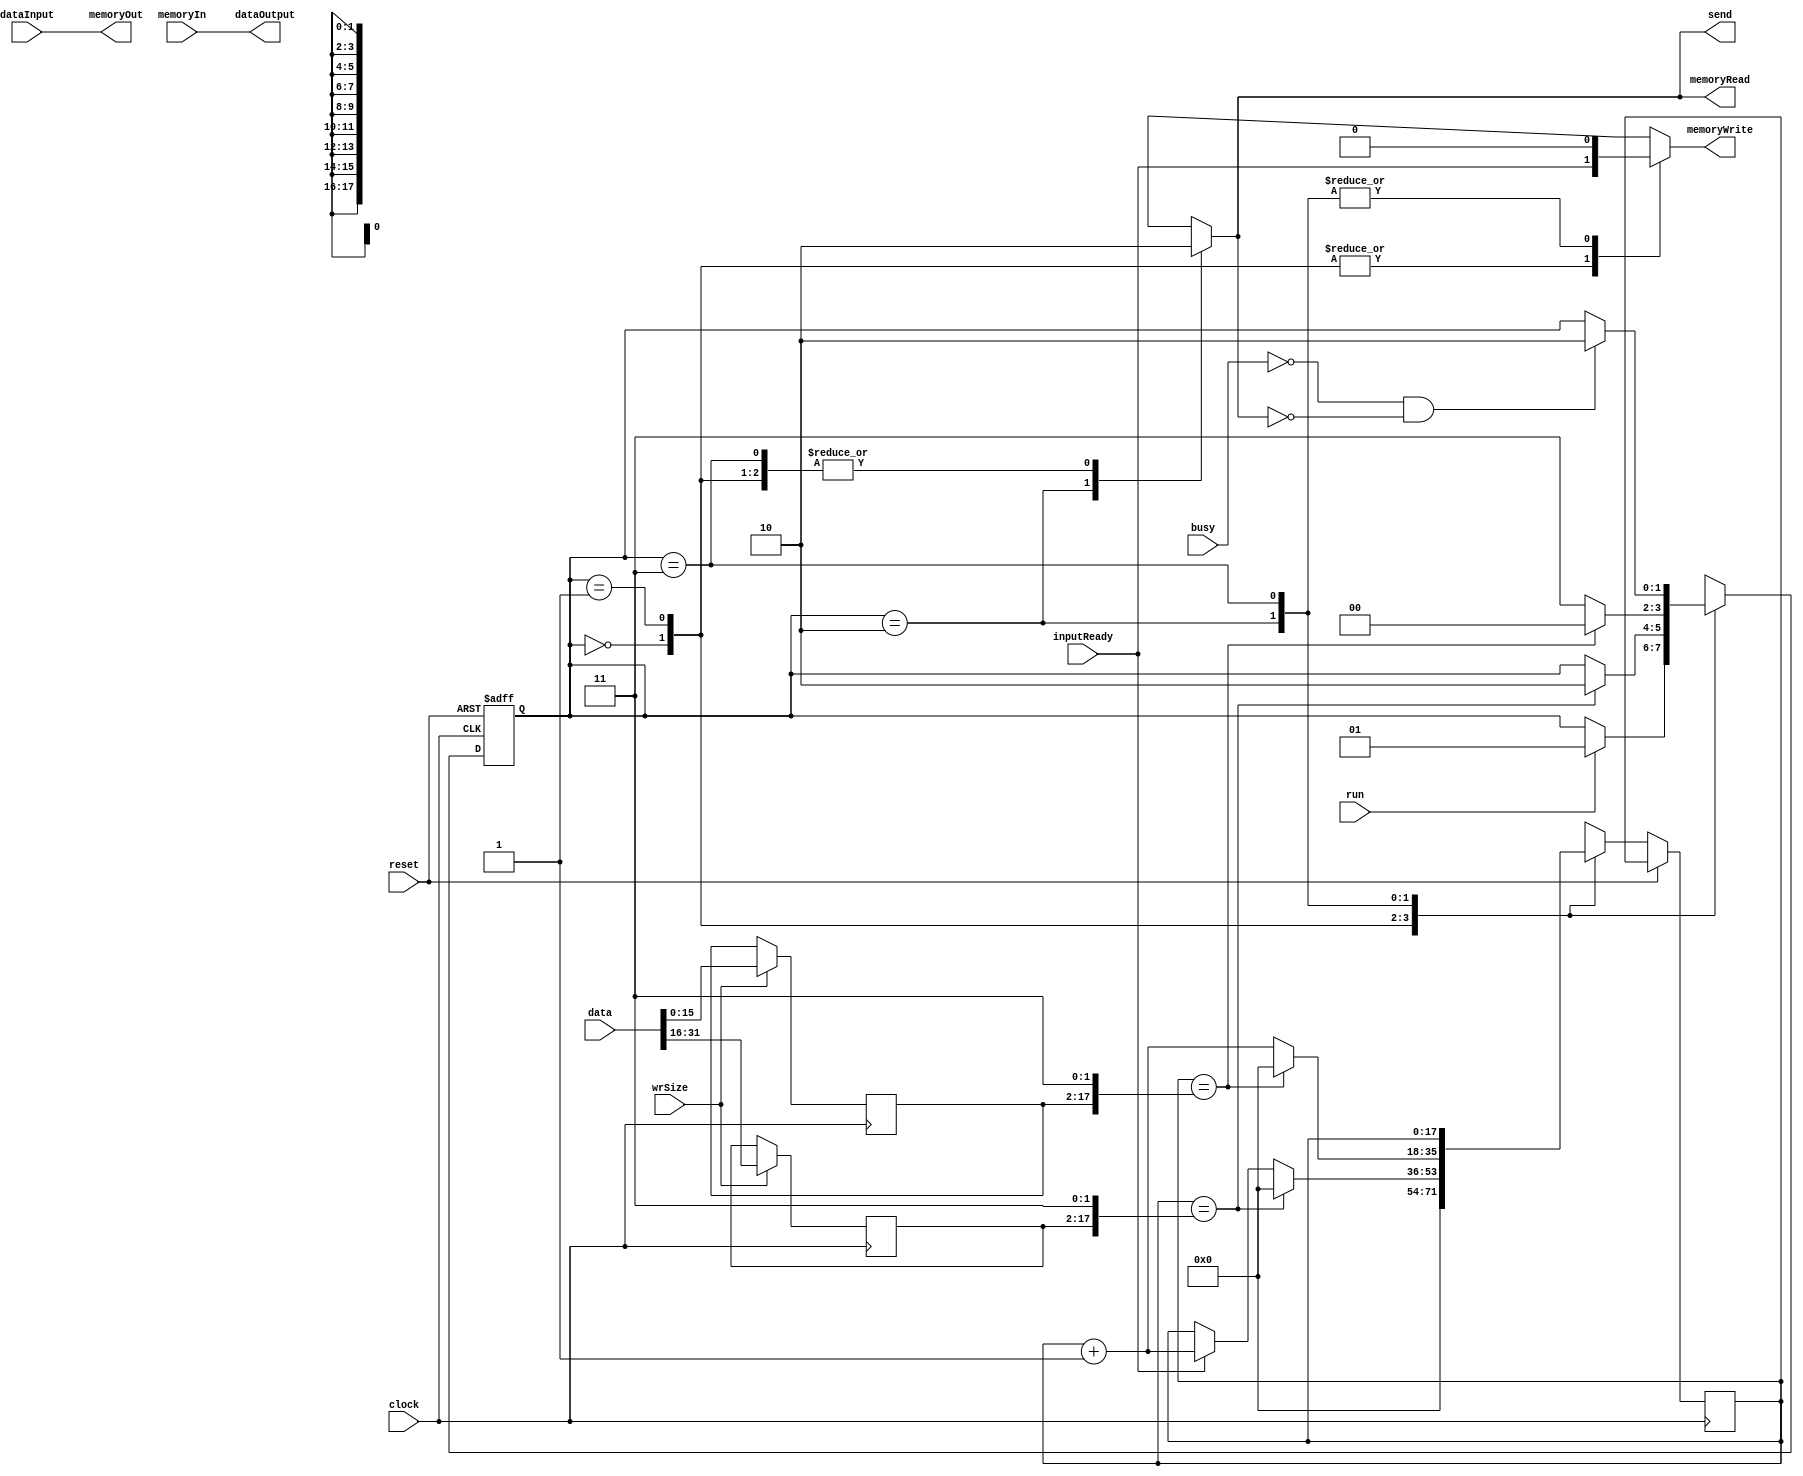
//////////////////////////////////////////////////////////////////////////////////
//
// Copyright (C) 2006 Michael Poppitz
//
// Original design by Michael Poppitz in VHDL
// Converted to Verilog (with minor modifications) by Kenneth Tsang
// 
// This program is free software; you can redistribute it and/or modify
// it under the terms of the GNU General Public License as published by
// the Free Software Foundation; either version 2 of the License, or (at
// your option) any later version.
//
// This program is distributed in the hope that it will be useful, but
// WITHOUT ANY WARRANTY; without even the implied warranty of
// MERCHANTABILITY or FITNESS FOR A PARTICULAR PURPOSE. See the GNU
// General Public License for more details.
//
// You should have received a copy of the GNU General Public License along
// with this program; if not, write to the Free Software Foundation, Inc.,
// 51 Franklin St, Fifth Floor, Boston, MA 02110, USA
//
//////////////////////////////////////////////////////////////////////////////////
//
// Details: http://www.sump.org/projects/analyzer/
//
// Controls the capturing & readback operation.
// 
// If no other operation has been activated, the controller samples data
// into the memory. When the run signal is received, it continues to do so
// for fwd * 4 samples and then sends bwd * 4 samples  to the transmitter.
// This allows to capture data from before the trigger match which is a nice 
// feature.
//
//////////////////////////////////////////////////////////////////////////////////

module 	controller (
		input clock,
		input reset,
		input [31:0] dataInput,
		input inputReady,
		input run,
		input wrSize,
		input [31:0] data,
		input busy,
		output send,
		output [31:0] dataOutput,
		input [31:0] memoryIn,
		output [31:0] memoryOut,
		output reg memoryRead,
		output reg memoryWrite
	);

	// FSM states
	parameter SAMPLE = 2'b00, DELAY = 2'b01, READ = 2'b10, READWAIT = 2'b11;
	
	reg [15:0] fwd, bwd;
	reg [17:0] ncounter, counter;
	reg [1:0] nstate, state;
	reg sendReg;
	
	assign dataOutput = memoryIn;
	assign memoryOut = dataInput;
	assign send = sendReg;
	
	// synchronization and reset logic
	// (run, clock, reset) in original design ? 
	always @(posedge clock or posedge reset)
	begin
		if (reset)
			state <= SAMPLE;
		else
			begin
				state <= nstate;
				counter <= ncounter;
			end
	end
	
	// FSM to control the controller action
	always @(state, run, counter, fwd, inputReady, bwd, busy)
	begin
		case (state)
		
			// default mode, keep sampling from input to memory
			SAMPLE :
				begin
					if (run)	// start capure
						nstate <= DELAY;
					else
						nstate <= state;
						
					ncounter <= 0;
					memoryWrite <= inputReady;
					memoryRead <= 0;
					sendReg <= 0;
				end
				
			// keep sampling for 4 * fwd + 4 samples after run condition
			DELAY :
				begin
					if (counter == {fwd, 2'b11})	// start reading data
						begin
							ncounter <= 0;
							nstate <= READ;
						end
					else							// keep sampling for 4 * fwd + 4 samples
						begin
							if (inputReady)
								ncounter <= counter + 1;
							else
								ncounter <= counter;
								
							nstate <= state;
						end
						
					memoryWrite <= inputReady;
					memoryRead <= 0;
					sendReg <= 0;					
				end
			
			// read back 4 * bwd + 4 samples after DELAY
			// go into wait state after each sample to give transmitter time
			READ :
				begin
					if (counter == {bwd, 2'b11})	// read DONE
						begin
							ncounter <= 0;
							nstate <= SAMPLE;
						end
					else
						begin
							ncounter <= counter + 1;
							nstate <= READWAIT;
						end
					memoryWrite <= 0;
					memoryRead <= 1;
					sendReg <= 1;					
				end
				
			// wait for the transmitter to become ready again
			READWAIT :
				begin
					if (!busy && !sendReg)	// send next
						nstate <= READ;
					else
						nstate <= state;
						
					ncounter <= counter;
					memoryWrite <= 0;
					memoryRead <= 0;
					sendReg <= 0;					
				end
		endcase
	end

	// set speed and size registers if indicated
	always @(posedge clock)
	begin
		if (wrSize)
			begin
				fwd <= data[31:16];
				bwd <= data[15:0];
			end
	end
		
endmodule